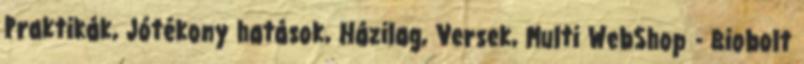
Praktikák, Jótékony hatások, Házilag, Versek, Multi WebShop - Biobolt